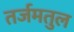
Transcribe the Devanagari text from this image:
तर्जमतुल